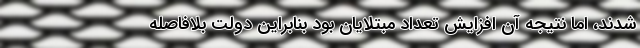
شدند، اما نتیجه آن افزایش تعداد مبتلایان بود بنابراین دولت بلافاصله